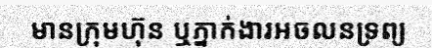
មានក្រុមហ៊ុន ឬភ្នាក់ងារអចលនទ្រព្យ